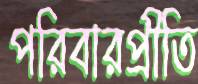
পরিবারপ্রীতি